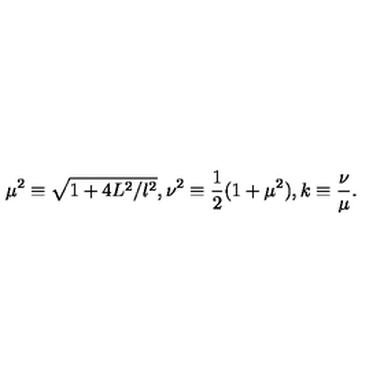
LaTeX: \mu ^ { 2 } \equiv \sqrt { 1 + 4 L ^ { 2 } / l ^ { 2 } } , \nu ^ { 2 } \equiv \frac { 1 } { 2 } ( 1 + \mu ^ { 2 } ) , k \equiv \frac { \nu } { \mu } .